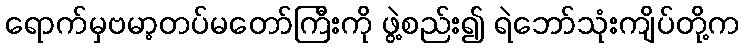
ရောက်မှဗမာ့တပ်မတော်ကြီးကို ဖွဲ့စည်း၍ ရဲဘော်သုံးကျိပ်တို့က